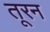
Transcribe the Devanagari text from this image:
तूरन